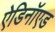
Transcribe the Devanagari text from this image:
ऐडिनॉएड